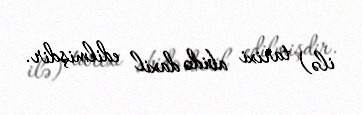
ilə) tarixi abidə daxil edilmişdir.